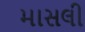
માસલી